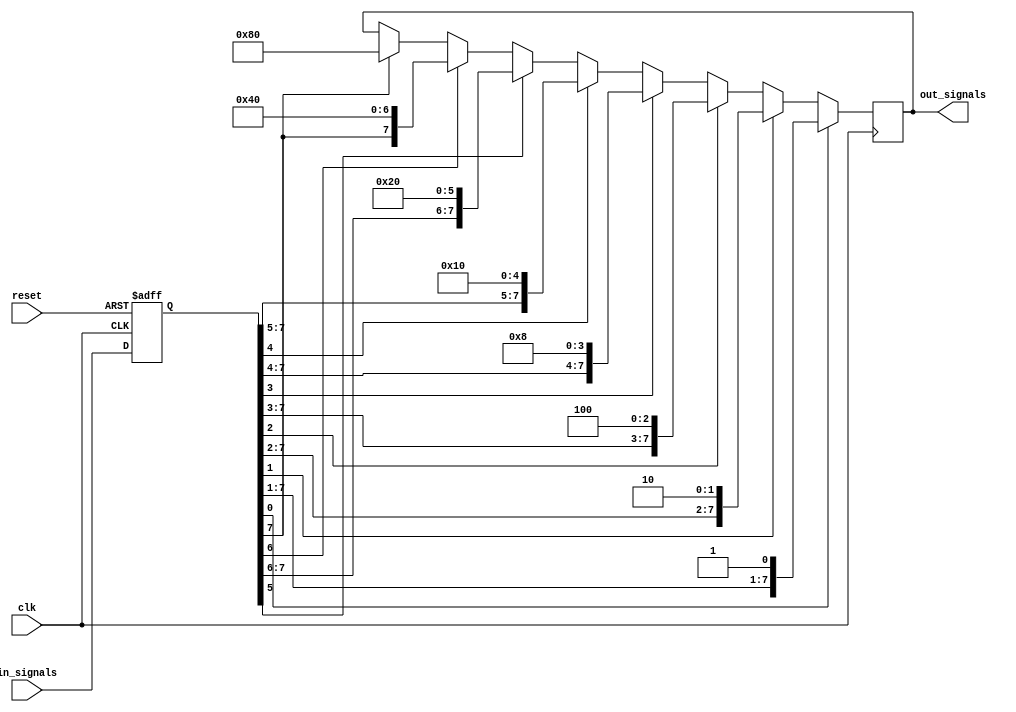
module PriorityBypass (
    input wire [7:0] in_signals,
    input wire clk,
    input wire reset,
    output reg [7:0] out_signals
);

reg [7:0] priority_signals;

always @(posedge clk or posedge reset) begin
    if (reset) begin
        priority_signals <= 8'b0;
    end else begin
        priority_signals <= in_signals;
    end
end

always @(posedge clk) begin
    if (priority_signals[0]) begin
        out_signals <= priority_signals;
    end else if (priority_signals[1]) begin
        out_signals <= priority_signals;
    end else if (priority_signals[2]) begin
        out_signals <= priority_signals;
    end else if (priority_signals[3]) begin
        out_signals <= priority_signals;
    end else if (priority_signals[4]) begin
        out_signals <= priority_signals;
    end else if (priority_signals[5]) begin
        out_signals <= priority_signals;
    end else if (priority_signals[6]) begin
        out_signals <= priority_signals;
    end else if (priority_signals[7]) begin
        out_signals <= priority_signals;
    end
end

endmodule